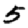
Digit: 5